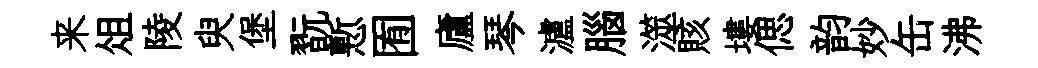
来俎陵臾堡翫慙囿廬琴瀘腦澨賅塿偲韵妙缶沸